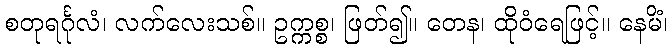
စတုရင်္ဂုလံ၊ လက်လေးသစ်။ ဥက္ကစ္စ၊ ဖြတ်၍။ တေန၊ ထိုဝံရေဖြင့်။ နေမိံ၊